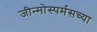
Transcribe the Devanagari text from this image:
जीन्मोस्पर्मसच्या